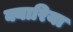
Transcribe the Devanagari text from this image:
क्यारिया